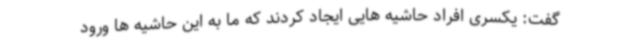
گفت: یکسری افراد حاشیه هایی ایجاد کردند که ما به این حاشیه ها ورود